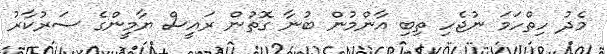
މެދު ހިތްހަމަ ނުޖެހި ތިބި އާންމުން ބުނާ ގޮތުން ރައީސް ޔާމީންގެ ސަރުކާރު